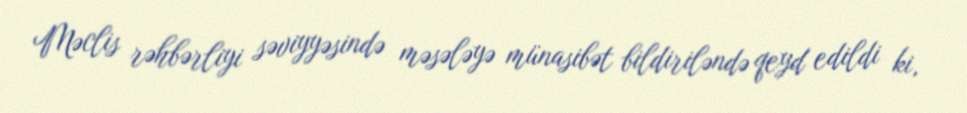
Məclis rəhbərliyi səviyyəsində məsələyə münasibət bildiriləndə qeyd edildi ki,